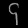
Digit: ၄